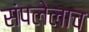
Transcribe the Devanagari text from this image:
संपलेलाच